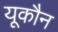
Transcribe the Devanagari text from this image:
यूकौन